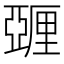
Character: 𬪿